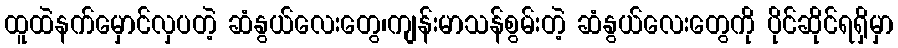
ထူထဲနက်မှောင်လှပတဲ့ ဆံနွယ်လေးတွေ၊ကျန်းမာသန်စွမ်းတဲ့ ဆံနွယ်လေးတွေကို ပိုင်ဆိုင်ရရှိမှာ